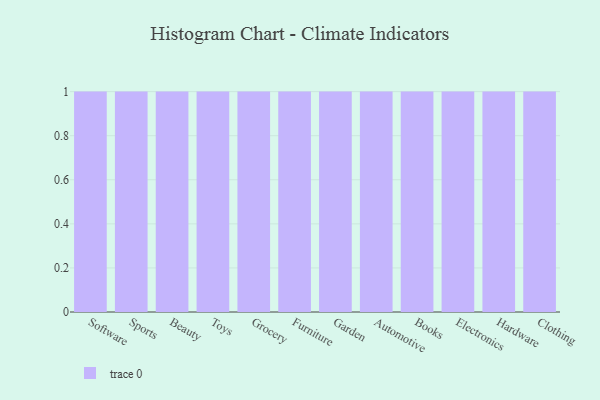
{"axis": {"x": "Category", "y": "Conversion Rate (%)"}, "legend": [""], "data": [{"x": "Software", "y": 12, "type": ""}, {"x": "Sports", "y": 65, "type": ""}, {"x": "Beauty", "y": 93, "type": ""}, {"x": "Toys", "y": 96, "type": ""}, {"x": "Grocery", "y": 9, "type": ""}, {"x": "Furniture", "y": 84, "type": ""}, {"x": "Garden", "y": 10, "type": ""}, {"x": "Automotive", "y": 69, "type": ""}, {"x": "Books", "y": 75, "type": ""}, {"x": "Electronics", "y": 76, "type": ""}, {"x": "Hardware", "y": 74, "type": ""}, {"x": "Clothing", "y": 84, "type": ""}]}